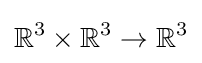
\mathbb {R} ^{3}\times \mathbb {R} ^{3}\to \mathbb {R} ^{3}